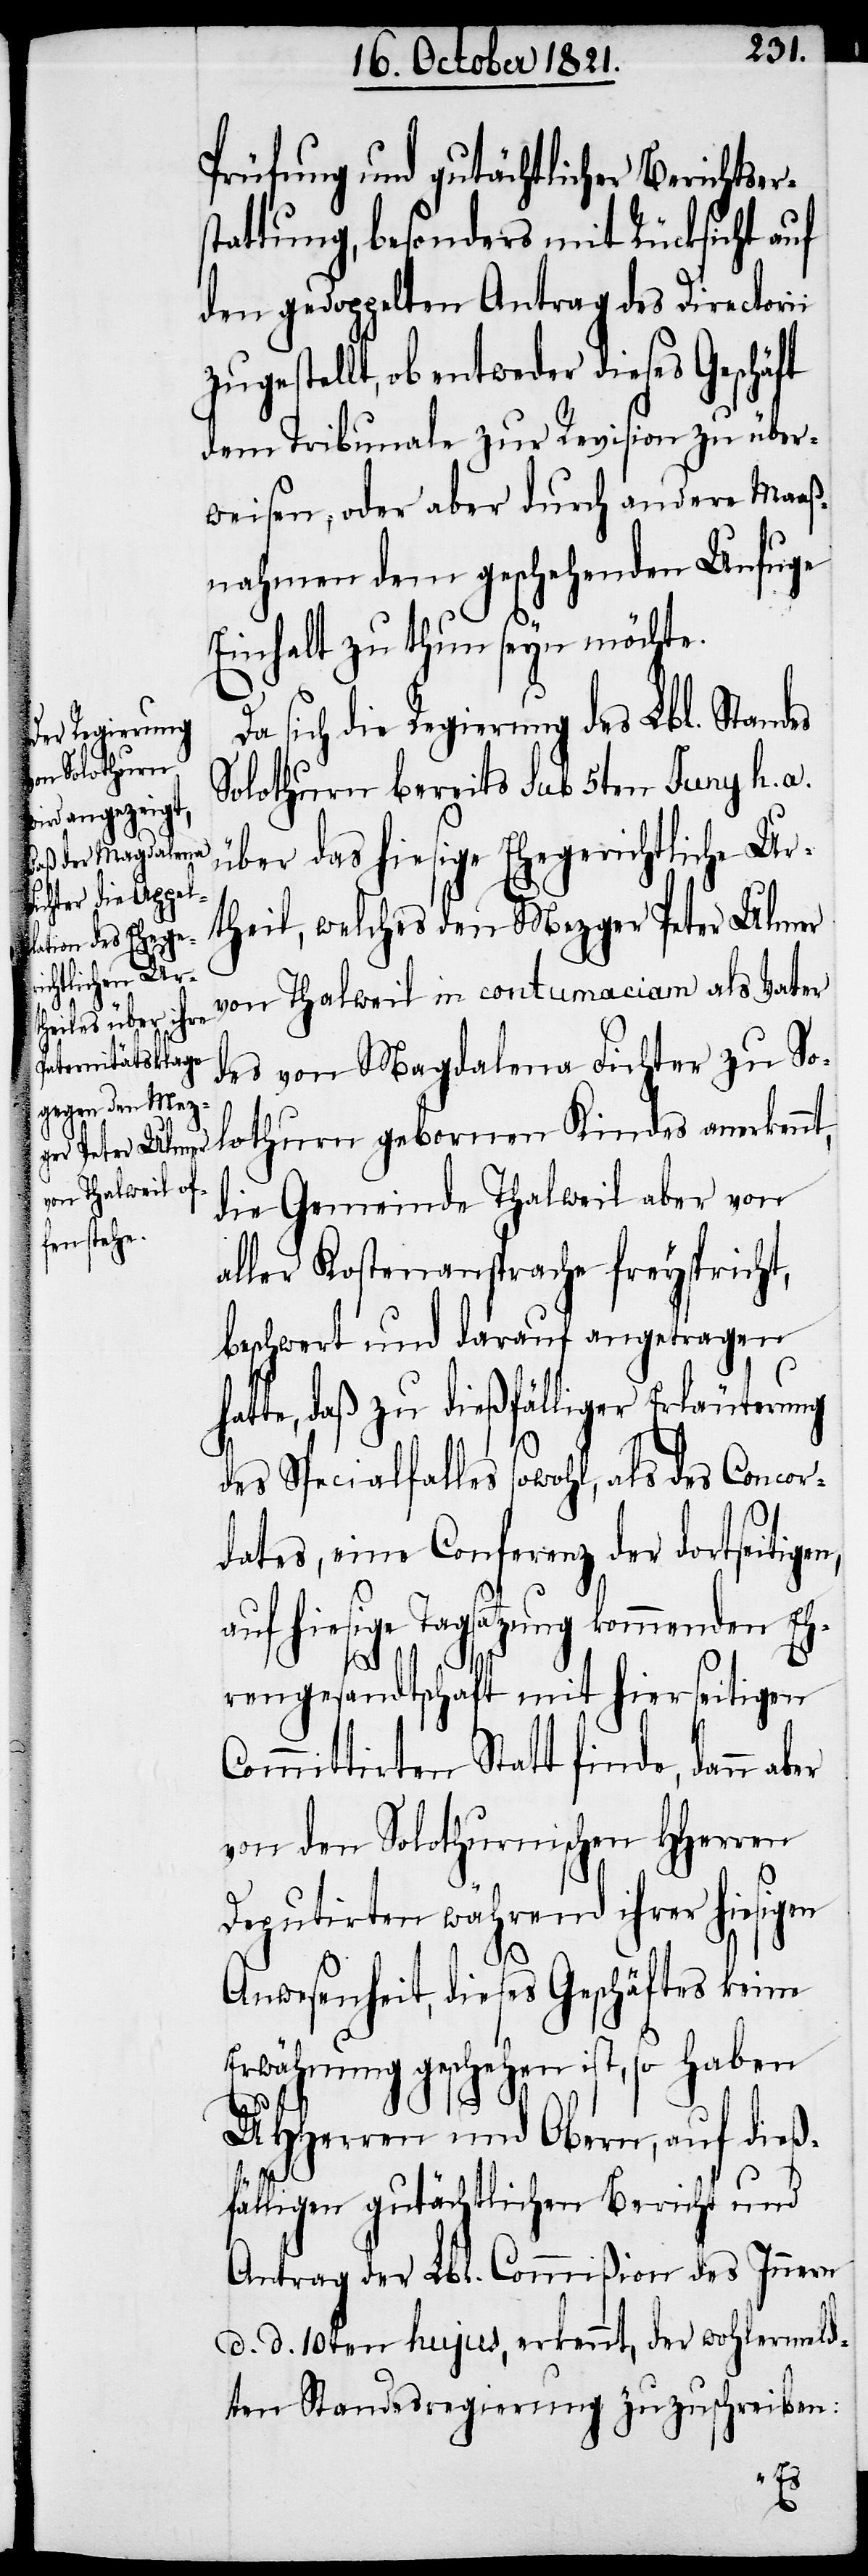
Prüfung und gutächtlicher Berichtse¬
stattung, besonders mit Rücksichtlich
den gedoppelten Antrag des Directorii
zugestellt, ob entweder dieses Geschäft
dem Tribunale zur Revision zu über¬
wiesen, oder aber durch andere Maaß¬
nahmen dem geschehenen Unfuge
Einhalt zu thun seyn möchte.
sich die Regierung des Lbl. Standes
Solothurn bereits sub 5ten Juny h. a.
über das hiesige Ehegerichtliche Ur¬
theil, welches den Mezger Peter Ulmer
von Thalweil in contumaciam als Vater
des von Magdalena Fichter zu So¬
lothurn geborenen Kindes anerkennt,
die Gemeinde Thalweil aber von
aller Kostenansprache freyspricht,
beschwert und darauf angetragen h¬
atte, daß zu dießfälliger Erläuterung
des Specialfalles sowohl, als des Concor¬
dates, eine Conferenz der dortseitigen,
auf hiesige Tagsatzung kommenden Eh¬
r¬
rengesandtschaft mit hierseitigen
Committirten Statt finde, dann aber
von den Solothurnischen HHerren
Deputirten während ihrer hiesigen
Anwesenheit, dieses Geschäftes keine
Erwähnung geschehen ist, so haben
UHHerren und Obern, auf dieß¬
fälligen gutächtlichen Bericht und
Antrag der Lbl. Commißion des Innern
d. d. 10ten hujus, erkennt, der wohlermeld¬
ten Standesregierung zuzuschreiben: